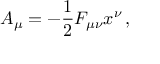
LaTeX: A \sb \mu = - \frac { 1 } { 2 } F \sb { \mu \nu } x \sp \nu \, ,